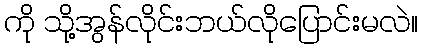
ကို သို့အွန်လိုင်းဘယ်လိုပြောင်းမလဲ။